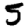
Digit: 5